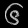
Digit: ၆